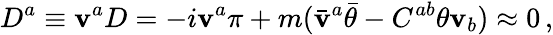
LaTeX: D^{a}\equiv\mathbf{v}^{a}D=-i\mathbf{v}^{a}\pi+m(\bar{{\mathbf{v}}}^{a}\bar{{\theta}}-C^{ab}\theta\mathbf{v}_{b})\approx0\, ,